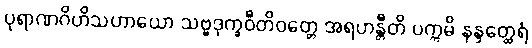
ပုရာဏဂိဟိသဟာယော သဗ္ဗဒုက္ခဝီတိဝတ္တေ အရဟန္တီတိ ပက္ကမိ နန္ဒတ္ထေရံ